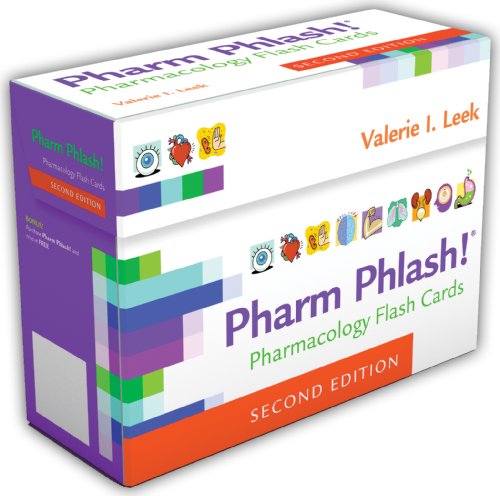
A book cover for Pharm Phlash Cards!: Pharmacology Flash Cards; Valerie I. Leek MSN  RN  CMSRN; Medical Books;